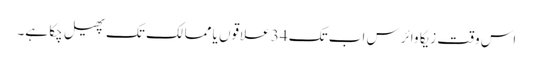
اس وقت زیکا وائرس اب تک 34 علاقوں یا ممالک تک پھیل چکا ہے۔